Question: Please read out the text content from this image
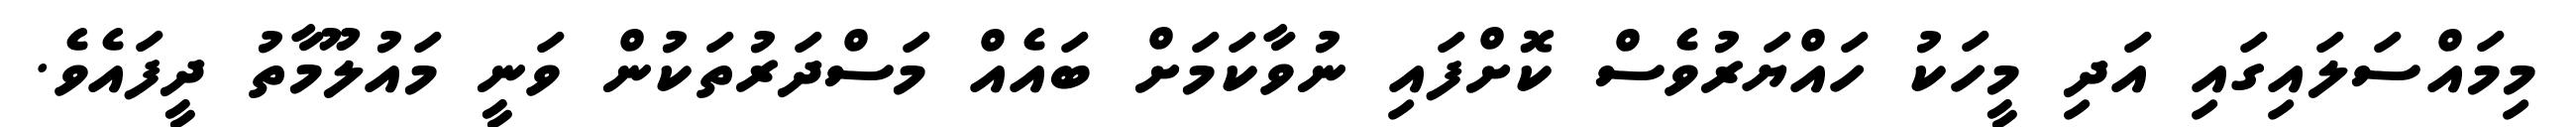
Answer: މިމައްސަލައިގައި އަދި މީހަކު ހައްޔަރުވެސް ކޮށްފައި ނުވާކަމަށް ބައެއް މަސްދަރުތަކުން ވަނީ މައުލޫމާތު ދީފައެވެ.